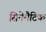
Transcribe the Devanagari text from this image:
सिनेमैटिक